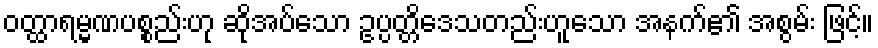
ဝတ္ထာရမ္မဏပစ္စည်းဟု ဆိုအပ်သော ဥပ္ပတ္တိဒေသတည်းဟူသော အနက်၏ အစွမ်း ဖြင့်။